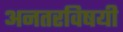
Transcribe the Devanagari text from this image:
अनतरविषयी